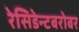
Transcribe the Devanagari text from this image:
रेसिडेन्टबरोबर